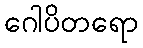
ဂေါပိတရော